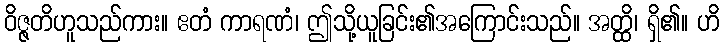
ဝိဇ္ဇတိဟူသည်ကား။ ဧတံ ကာရဏံ၊ ဤသို့ယူခြင်း၏အကြောင်းသည်။ အတ္ထိ၊ ရှိ၏။ ဟိ